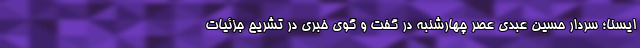
ایسنا؛ سردار حسین عبدی عصر چهارشنبه در گفت و گوی خبری در تشریح جزئیات